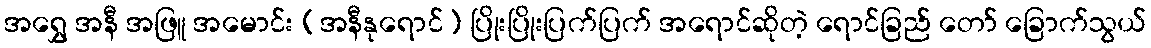
အရွှေ အနီ အဖြူ အမောင်း (အနီနုရောင်) ပြိုးပြိုးပြက်ပြက် အရောင်ဆိုတဲ့ ရောင်ခြည် တော် ခြောက်သွယ်